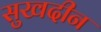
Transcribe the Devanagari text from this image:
सुखदीन